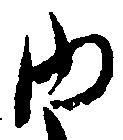
内